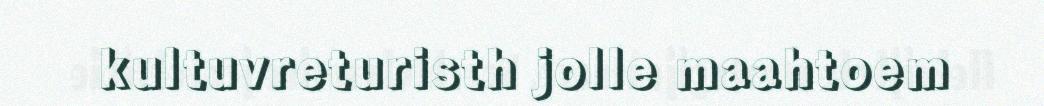
kultuvreturisth jolle maahtoem